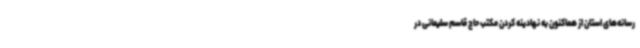
رسانه‌های استان از هماکنون به نهادینه کردن مکتب حاج قاسم سلیمانی در